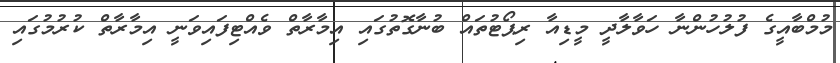
މުމްބާއީގެ ފުލުހުންނާ ހަވާލާދީ މީޑިއާ ރިޕޯޓުތައް ބުނާގޮތުގައި އިމާރާތް ވެއްޓިފައިވަނީ އިމާރާތް ކުރުމުގައި